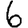
Digit: 6